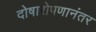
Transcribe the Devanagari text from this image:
दोषारोपणानंतर